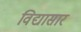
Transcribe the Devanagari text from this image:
विद्यासार